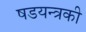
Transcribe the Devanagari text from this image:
षडयन्त्रकी